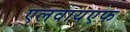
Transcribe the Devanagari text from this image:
एलवायएफ